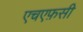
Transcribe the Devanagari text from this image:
एचएफ़सी